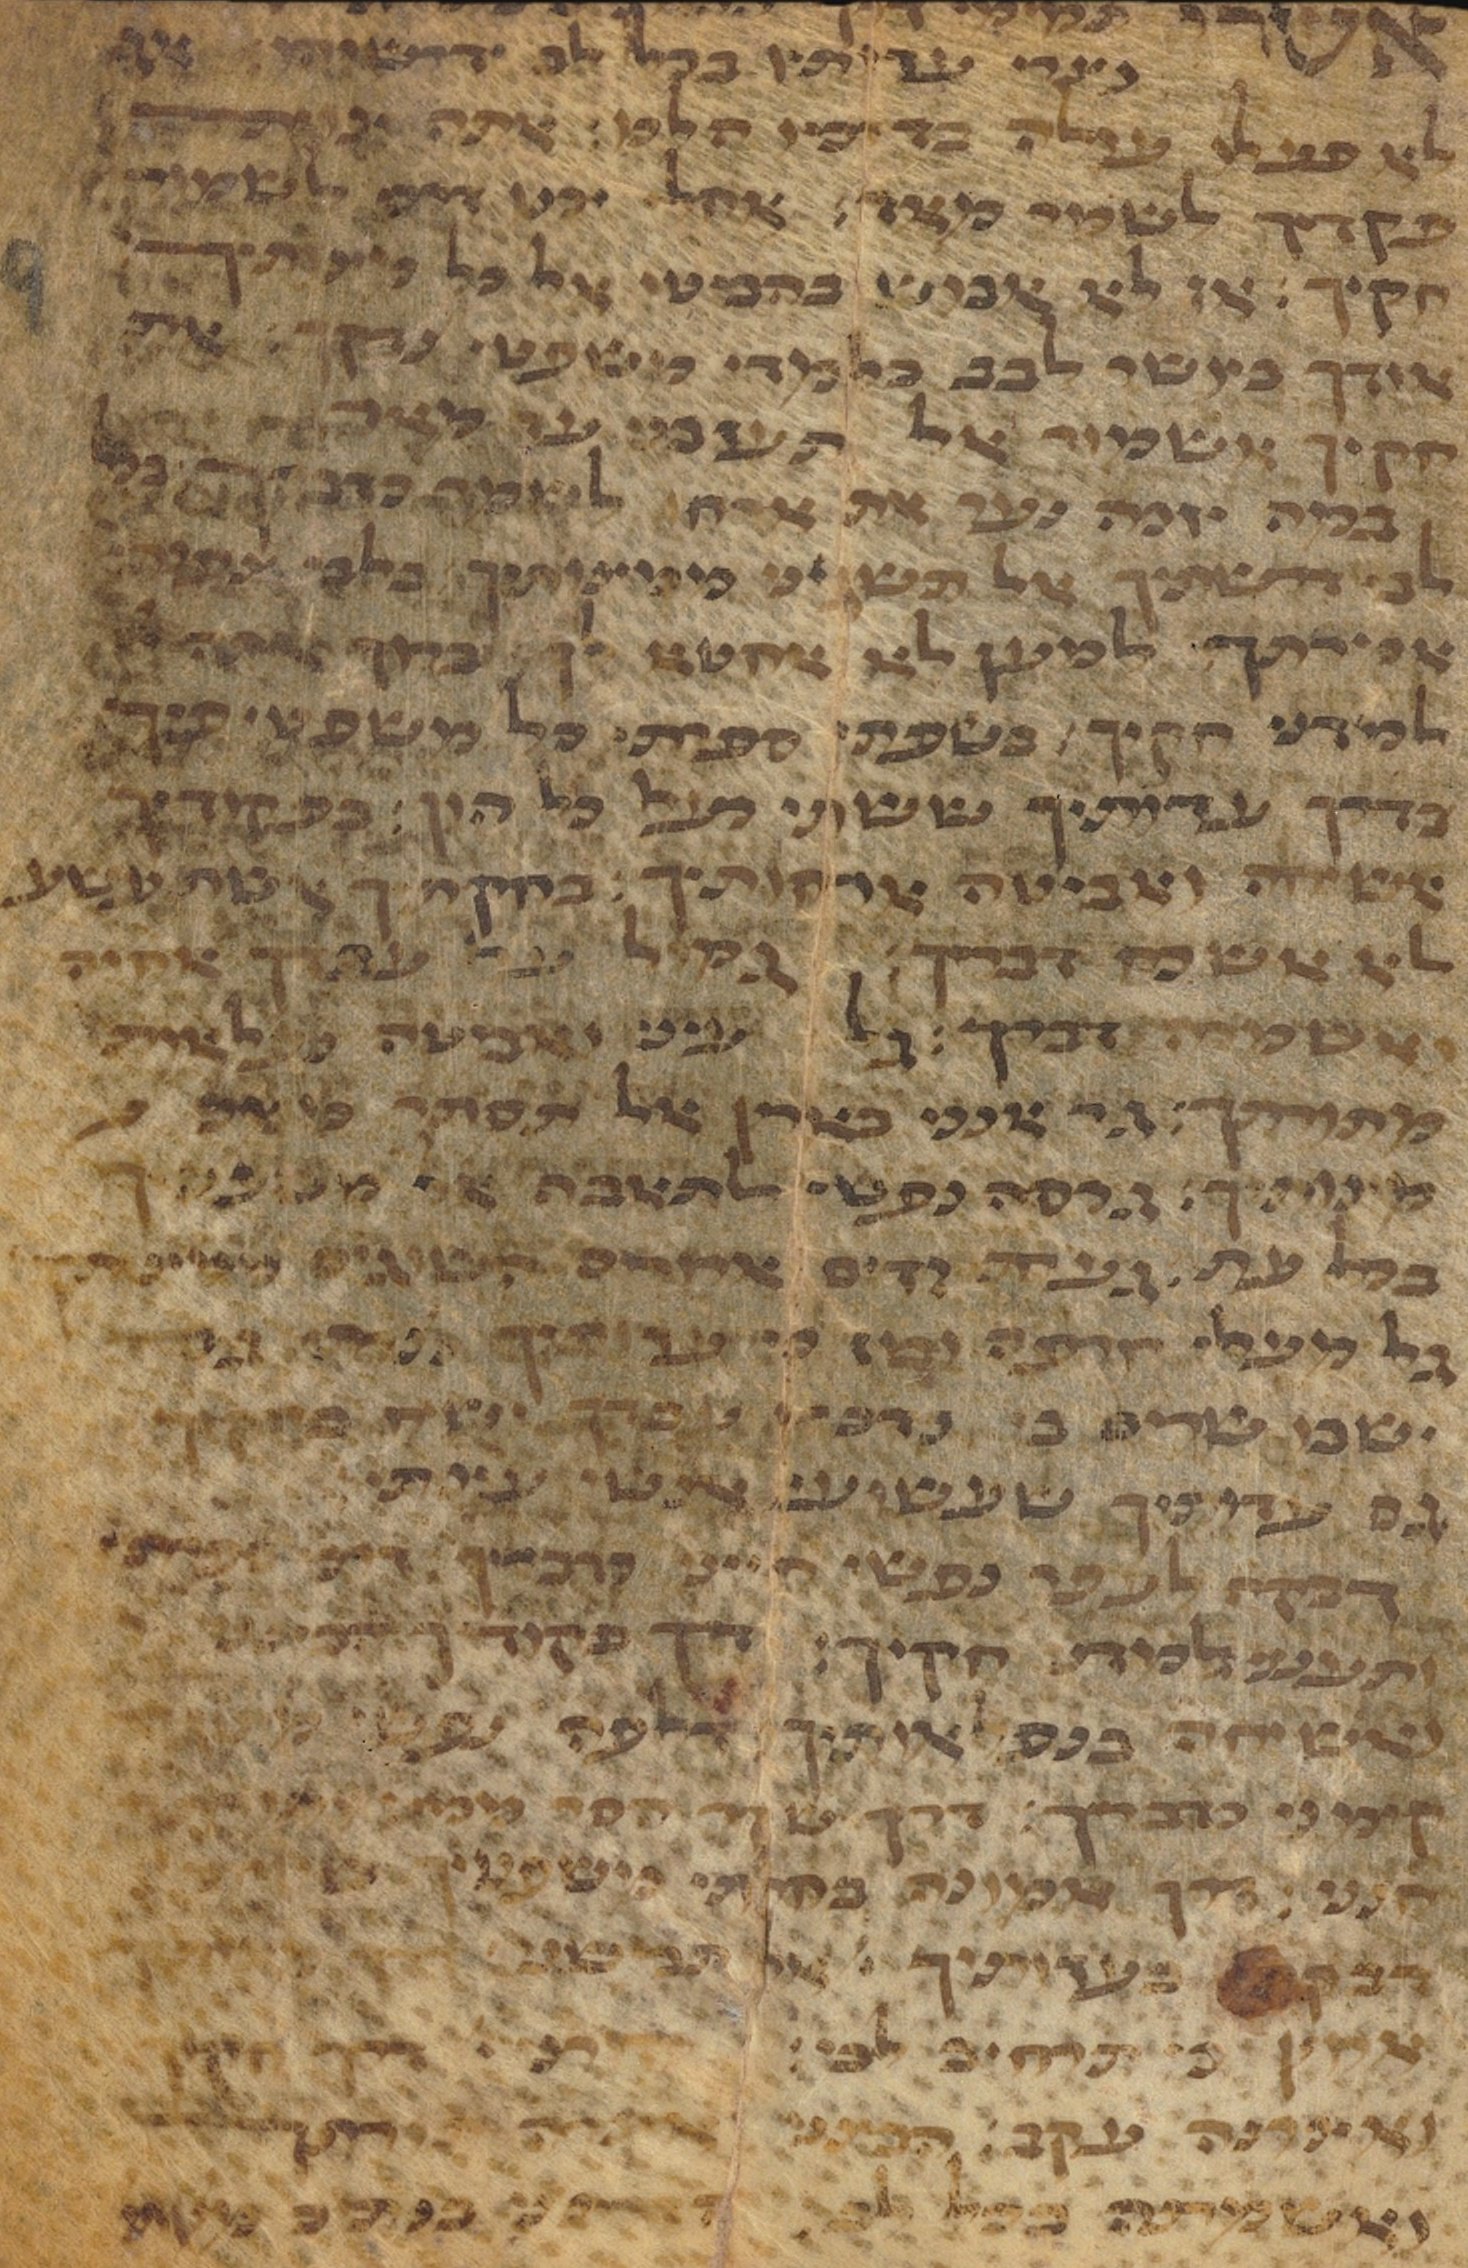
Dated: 1450–1499